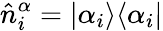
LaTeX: \hat{n}_{i}^{\alpha}=|\alpha_{i}\rangle\langle\alpha_{i}|